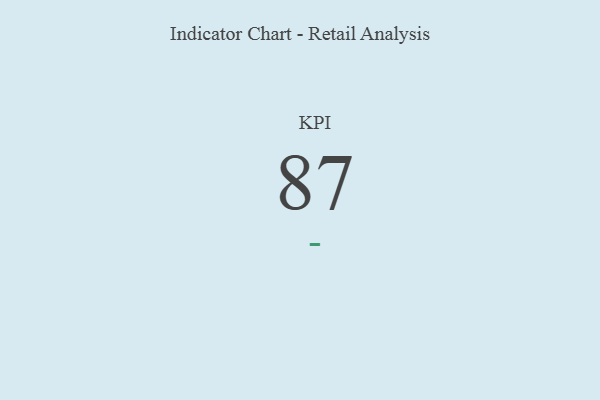
{"axis": {"x": "KPI", "y": "Value"}, "legend": [""], "data": [{"x": "KPI", "y": 87, "type": ""}]}